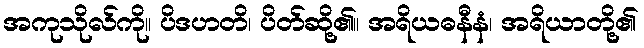
အကုသိုလ်ကို။ ပိဒဟတိ၊ ပိတ်ဆို့၏။ အရိယဓနီနံ၊ အရိယာတို့၏